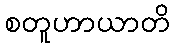
စတူဟာယာတိ